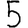
Digit: 5